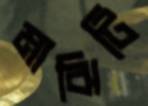
মাঝিটি